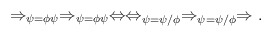
\begin{align*} \Rightarrow _{\psi = \phi\psi} \Rightarrow _{\psi = \phi\psi} \Leftrightarrow \Leftrightarrow _{\psi = \psi/\phi} \Rightarrow _{\psi = \psi/\phi} \Rightarrow .\end{align*}